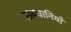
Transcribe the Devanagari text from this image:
सवधानियाँ